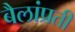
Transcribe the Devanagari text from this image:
बैलांप्रती